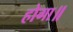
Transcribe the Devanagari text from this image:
होगा॥